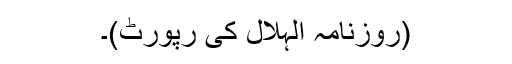
(روزنامہ الہلال کی رپورٹ)۔